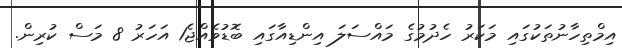
އިމްތިހާނުތަކުގައި މަކަރު ހެދުމުގެ މައްސަލަ އިންޑިއާގައި ބޮޑުވެއްޖެ1 އަހަރު 8 މަސް ކުރިން.